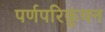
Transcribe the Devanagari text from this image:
पर्णपरिकुंचन